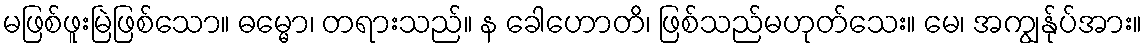
မဖြစ်ဖူးမြဲဖြစ်သော။ ဓမ္မော၊ တရားသည်။ န ခေါဟောတိ၊ ဖြစ်သည်မဟုတ်သေး။ မေ၊ အကျွန်ုပ်အား။